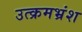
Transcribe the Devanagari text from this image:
उत्क्रमभ्रंश